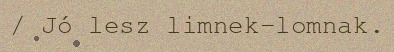
/ Jó lesz limnek-lomnak.